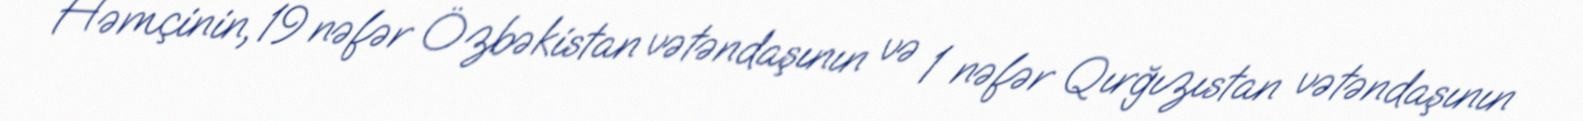
Həmçinin, 19 nəfər Özbəkistan vətəndaşının və 1 nəfər Qırğızıstan vətəndaşının